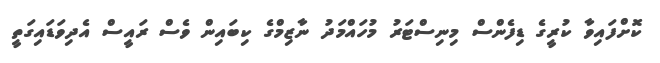
ކޮށްފައިވާ ކުރީގެ ޑިފެންސް މިނިސްޓަރު މުހައްމަދު ނާޒިމްގެ ކިބައިން ވެސް ރައީސް އެދިވަޑައިގަތީ